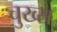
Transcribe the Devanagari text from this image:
चुख्स